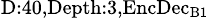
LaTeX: _{\textrm{D}:40,\textrm{Depth}:3,\textrm{EncDec}_{\textrm{B}1}}